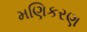
મણિકરણ